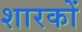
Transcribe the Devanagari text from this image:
शारकों